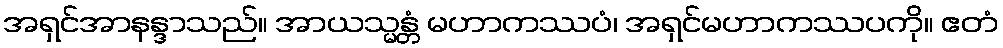
အရှင်အာနန္ဒာသည်။ အာယသ္မန္တံ မဟာကဿပံ၊ အရှင်မဟာကဿပကို။ ဧတံ